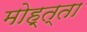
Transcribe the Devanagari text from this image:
मोह्त्ता